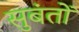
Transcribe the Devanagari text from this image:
सुबंतों